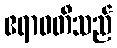
ဧရာဝတီသည်